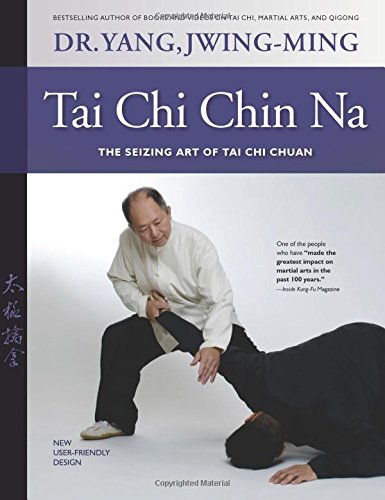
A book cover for Tai Chi Chin Na Revised: The Seizing Art of Tai Chi Chuan; Jwing-Ming Yang; Health, Fitness & Dieting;